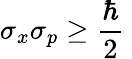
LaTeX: \sigma_{x}\sigma_{p}\geq{\frac{\hbar}{2}}~